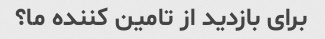
برای بازدید از تامین کننده ما؟